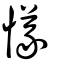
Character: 𢣂